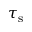
\tau _ { \mathrm { s } }